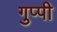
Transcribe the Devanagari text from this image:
गुप्पी